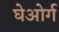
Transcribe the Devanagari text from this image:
घेओर्ग